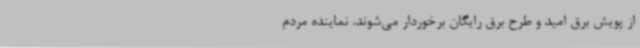
از پویش برق امید و طرح برق رایگان برخوردار می‌شوند. نماینده مردم